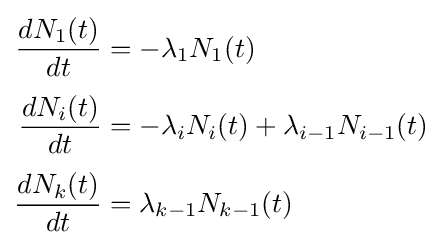
{\begin{aligned}{\frac {dN_{1}(t)}{dt}}&=-\lambda _{1}N_{1}(t)\\[3pt]{\frac {dN_{i}(t)}{dt}}&=-\lambda _{i}N_{i}(t)+\lambda _{i-1}N_{i-1}(t)\\[3pt]{\frac {dN_{k}(t)}{dt}}&=\lambda _{k-1}N_{k-1}(t)\end{aligned}}